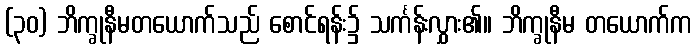
(၃၀) ဘိက္ခုနီမတယောက်သည် စောင်ရန်း၌ သင်္ကန်းလွှား၏။ ဘိက္ခုနီမ တယောက်က